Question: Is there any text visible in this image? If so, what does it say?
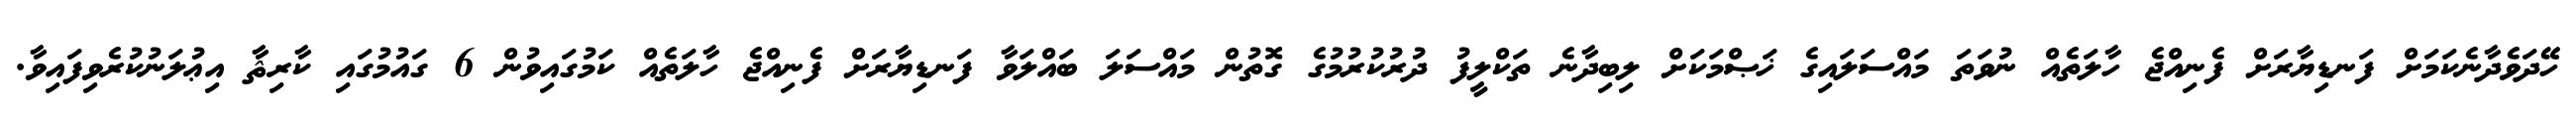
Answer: ހޭދަވެދާނެކަމަށް ފަނޑިޔާރަށް ފެނިއްޖެ ހާލަތެއް ނުވަތަ މައްސަލައިގެ ޚަޞްމަކަށް ލިބިދާނެ ތަކްލީފު ދުރުކުރުމުގެ ގޮތުން މައްސަލަ ބައްލަވާ ފަނޑިޔާރަށް ފެނިއްޖެ ހާލަތެއް ކަމުގައިވުން 6 ގައުމުގައި ކާރިޘާ އިޢުލަނުކުރެވިފައިވާ.